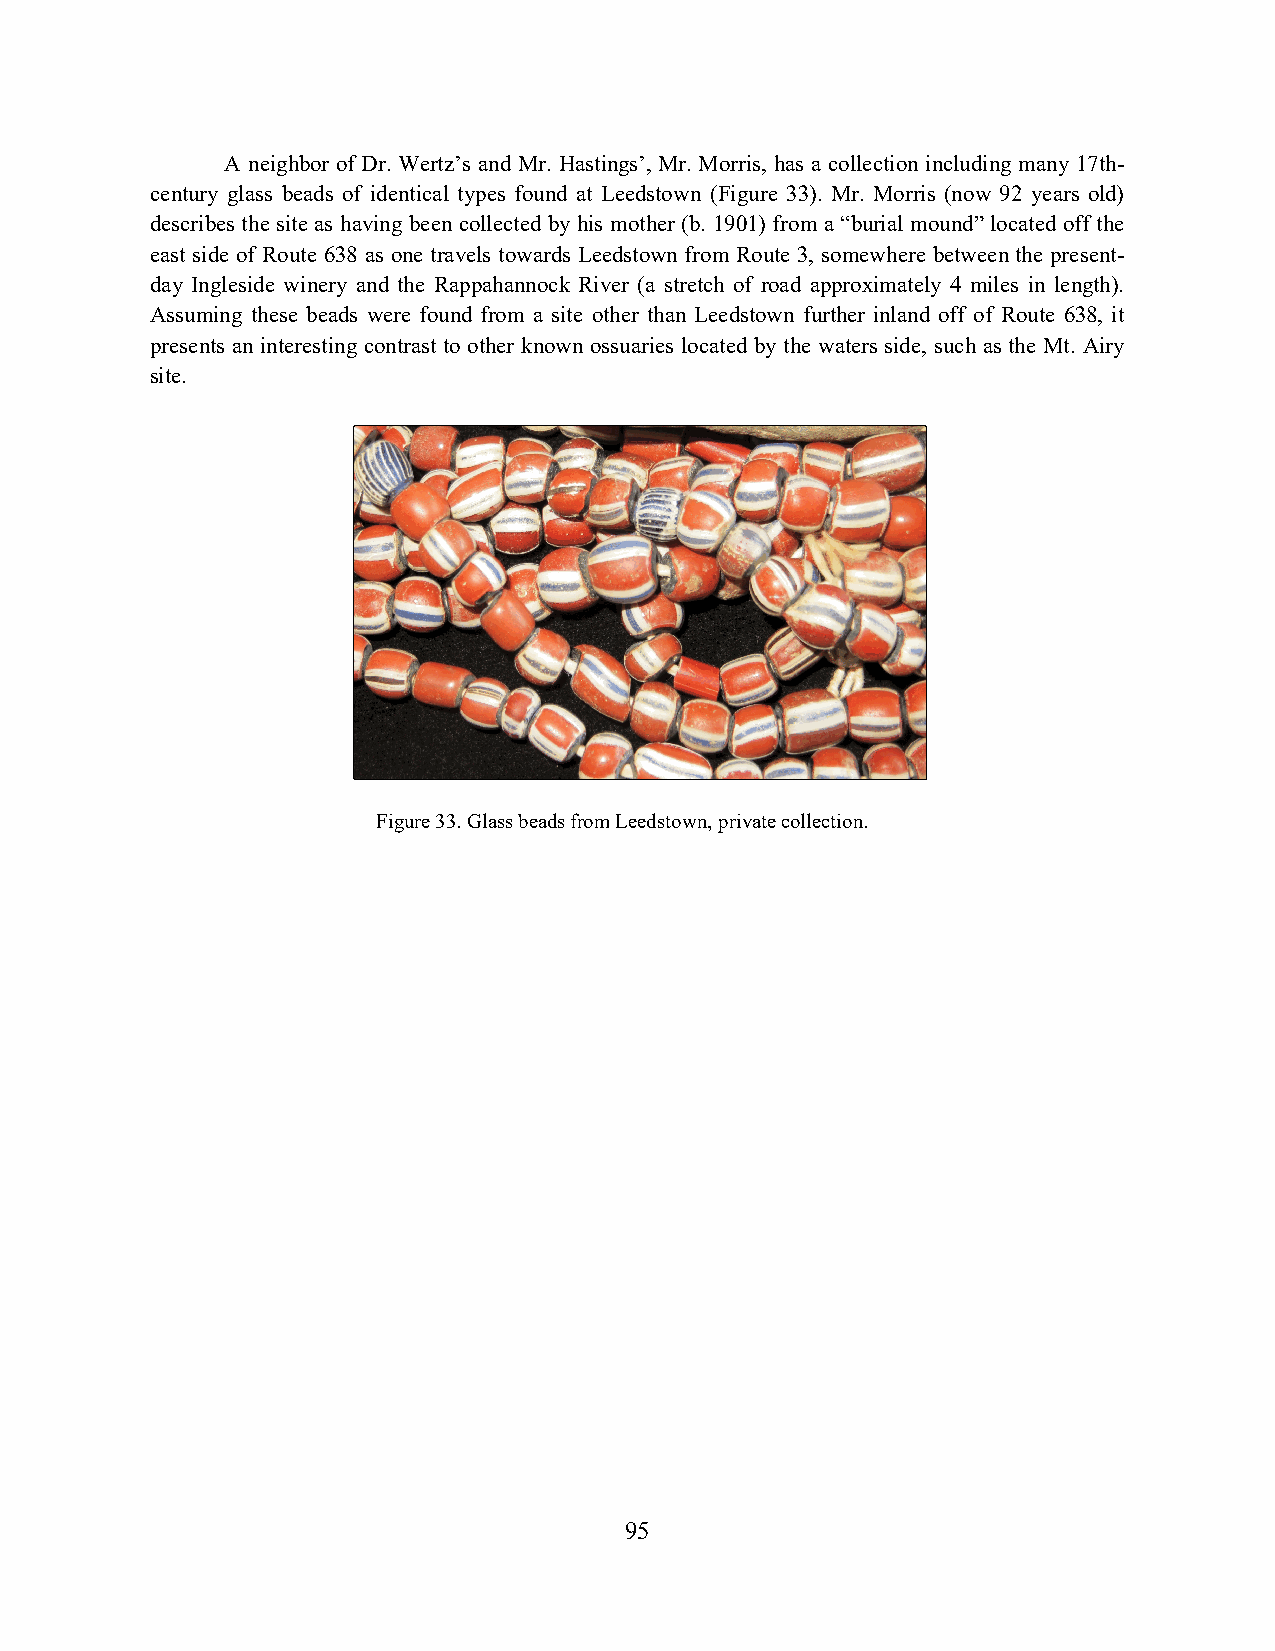
A neighbor of Dr. Wertz’s and Mr. Hastings’, Mr. Morris, has a collection including many 17th-
 century glass beads of identical types found at Leedstown (Figure 33). Mr. Morris (now 92 years old)
 describes the site as having been collected by his mother (b. 1901) from a “burial mound” located off the
 east side of Route 638 as one travels towards Leedstown from Route 3, somewhere between the present-
 day Ingleside winery and the Rappahannock River (a stretch of road approximately 4 miles in length).
 Assuming these beads were found from a site other than Leedstown further inland off of Route 638, it
 presents an interesting contrast to other known ossuaries located by the waters side, such as the Mt. Airy
 site.
 Figure 33. Glass beads from Leedstown, private collection.
 95